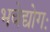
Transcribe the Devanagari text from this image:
भवेद्योगः